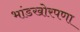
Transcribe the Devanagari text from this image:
भांडखोरपणा